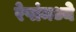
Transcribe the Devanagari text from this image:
रेषांमध्ये